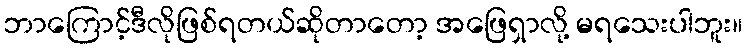
ဘာကြောင့်ဒီလိုဖြစ်ရတယ်ဆိုတာတော့ အဖြေရှာလို့ မရသေးပါဘူး။